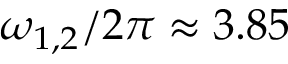
\omega _ { 1 , 2 } / 2 \pi \approx 3 . 8 5